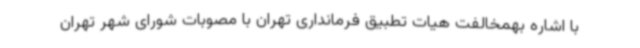
با اشاره بهمخالفت هیات تطبیق فرمانداری تهران با مصوبات شورای شهر تهران